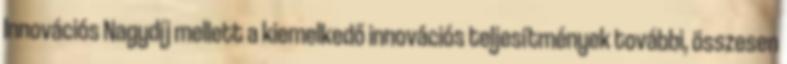
Innovációs Nagydíj mellett a kiemelkedő innovációs teljesítmények további, összesen